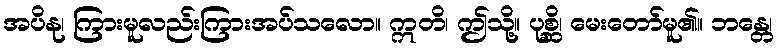
အပိနု၊ ကြားမူလည်းကြားအပ်သလော။ ဣတိ၊ ဤသို့။ ပုစ္ဆိ၊ မေးတော်မူ၏။ ဘန္တေ၊